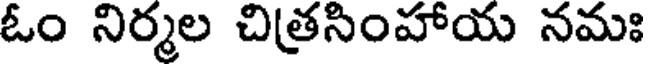
ఓం నిర్మల చిత్రసింహాయ నమః